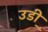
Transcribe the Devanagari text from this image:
उडी़